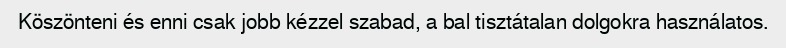
Köszönteni és enni csak jobb kézzel szabad, a bal tisztátalan dolgokra használatos.